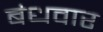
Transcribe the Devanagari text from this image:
बंधवार